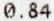
0.84